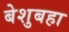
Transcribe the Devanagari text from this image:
बेशुबहा